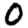
Digit: 0